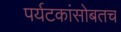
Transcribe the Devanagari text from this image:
पर्यटकांसोबतच